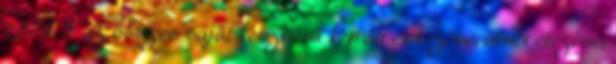
2004' » az összes saját készítésű kép átrendezése, átméretezése,